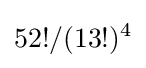
52!/(13!)^{4}